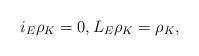
LaTeX: \begin{align*}i_{E}\rho_{K} = 0,L_{E}\rho_{K} = \rho_{K},\end{align*}